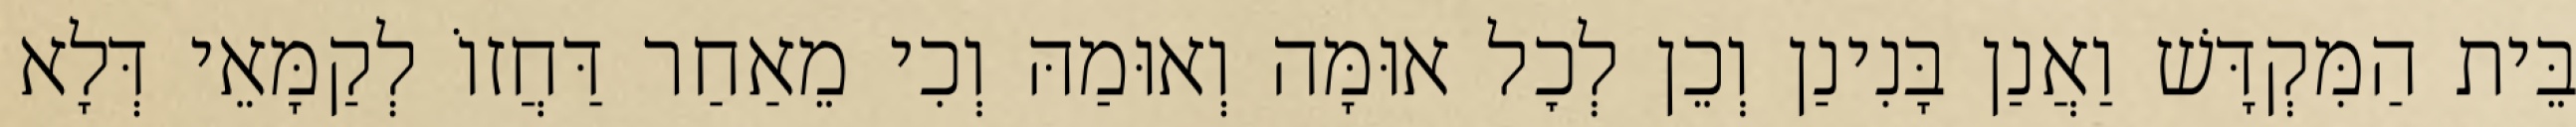
בֵּית הַמִּקְדָּשׁ וַאֲנַן בָּנִינַן וְכֵן לְכׇל אוּמָּה וְאוּמַהּ וְכִי מֵאַחַר דַּחֲזוֹ לְקַמָּאֵי דְּלָא